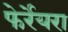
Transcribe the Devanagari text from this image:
फेर्रेयरा